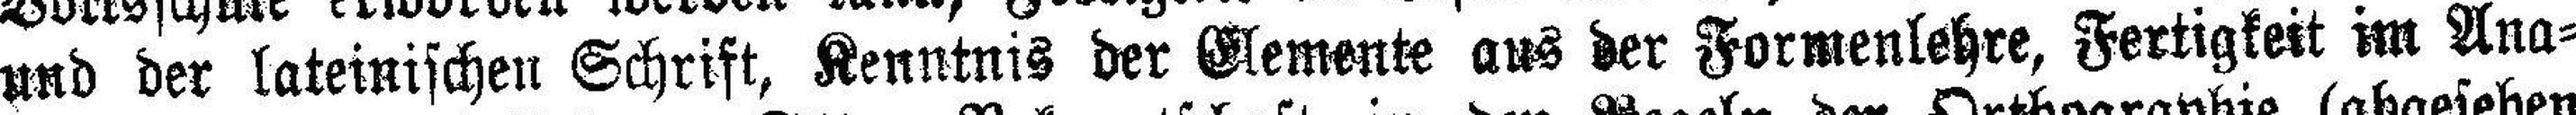
und der lateinischen Schrift, Kenntnis der Elemente aus der Formenlehre, Fertigkeit im Ana¬